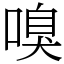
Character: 嗅